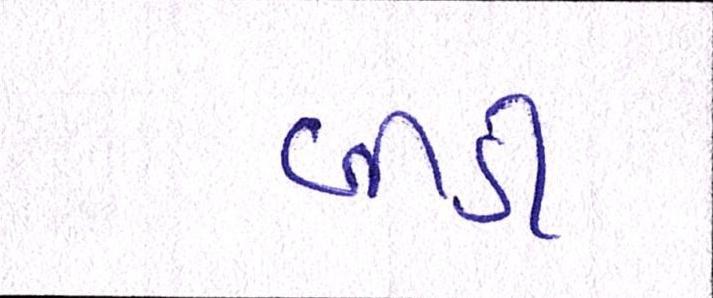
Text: બીડી